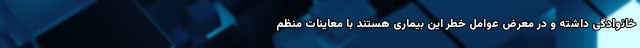
خانوادگی داشته و در معرض عوامل خطر این بیماری هستند با معاینات منظم